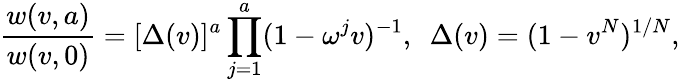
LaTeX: {\frac{w(v,a)}{w(v,0)}}=[\Delta(v)]^{a}\prod_{j=1}^{a}(1-\omega^{j}v)^{-1},{}~~\Delta(v)=(1-v^{N})^{1/N},